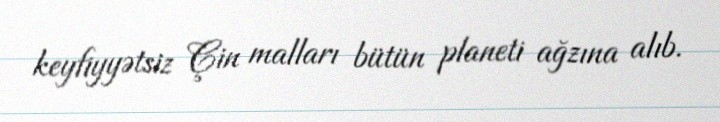
keyfiyyətsiz Çin malları bütün planeti ağzına alıb.